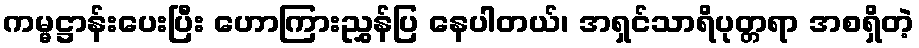
ကမ္မဋ္ဌာန်းပေးပြီး ဟောကြားညွှန်ပြ နေပါတယ်၊ အရှင်သာရိပုတ္တရာ အစရှိတဲ့